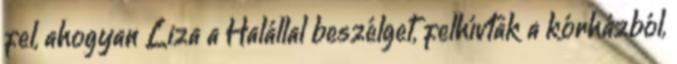
fel, ahogyan Liza a Halállal beszélget, felhívtak a kórházból,